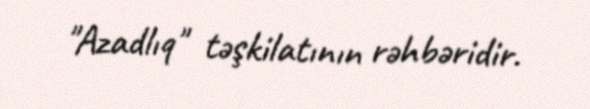
"Azadlıq" təşkilatının rəhbəridir.